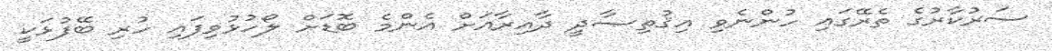
ސަރުކާރުގެ ތެރޭގައި ހުންނެވި އިޤުތިޞާދީ ދާއިރާއަށް އެންމެ ބޮޑަށް ލޯހުޅުވިފައި ހުރި ބޭފުޅަކީ